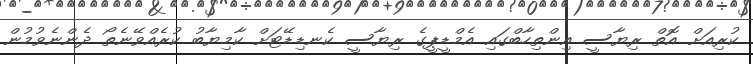
ކުރިއަށް އޮތް ރިޔާސީ އިންތިހާބްގައި އެމްޑީޕީގެ ރިޔާސީ ކެނޑިޑޭޓަށް ކާމިޔާބު ކުރެއްވޭނެތޯ ދެންނެވުމުން